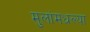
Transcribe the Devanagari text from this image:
मुलांमधल्या